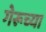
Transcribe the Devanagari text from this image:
गेरूच्या